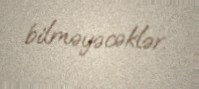
bilməyəcəklər.